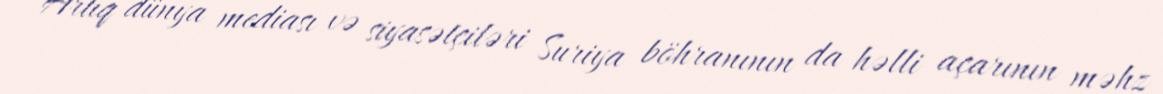
Artıq dünya mediası və siyasətçiləri Suriya böhranının da həlli açarının məhz